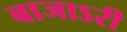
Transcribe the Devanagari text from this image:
बाजाऽरी